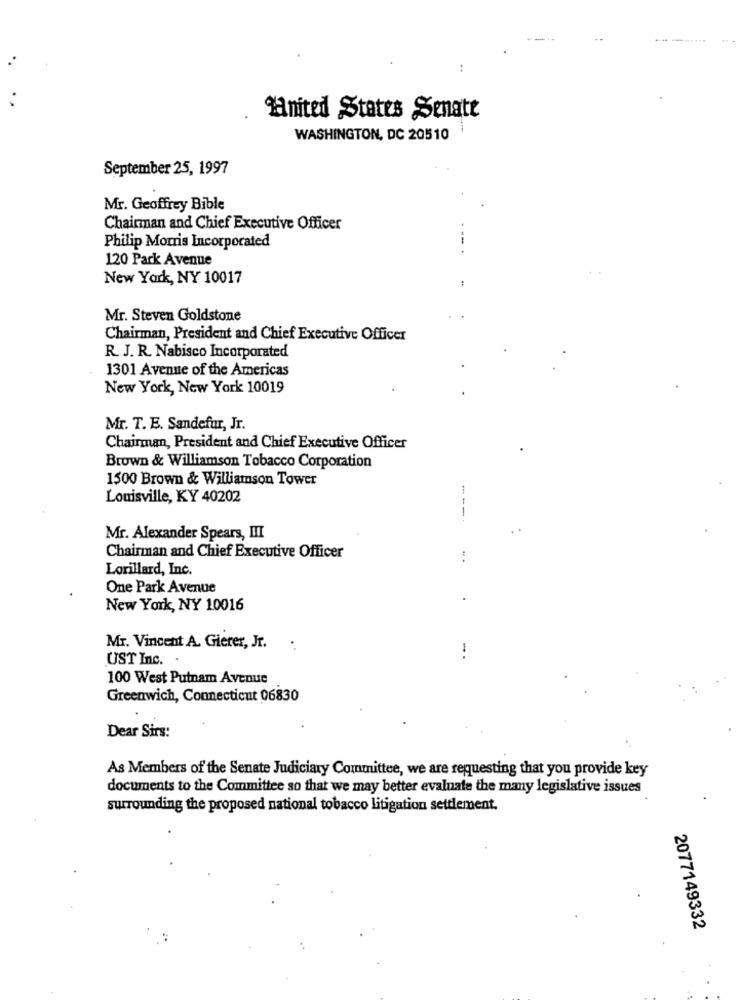
..
Hnited States Senate
WASHINGTON, DC 20510
September 25, 1997
Mr. Geoffrey Bible
Chairman and Chief Executive Officer
Philip Morris Incorporated
120 Park Avenue
New York, NY 10017
Mr. Steven Goldstone
Chairman, President and Chief Executive Officer
R. J. R. Nabisco Incorporated
1301 Avenue of the Americas
New York, New York 10019
Mr. T. E. Sandefur, Jr.
Chairman, President and Chief Executive Officer
Brown & Williamson Tobacco Corporation
1500 Brown & Williamson Tower
Louisville, KY 40202
Mr. Alexander Spears, III
Chairman and Chief Executive Officer
Lorillard, Inc.
One Park Avenue
New York, NY 10016
Mr. Vincent A. Gierer, Jr.
UST Inc.
-. .
100 West Putnam Avenue
Greenwich, Connecticut 06830
Dear Sirs:
As Members of the Senate Judiciary Committee, we are requesting that you provide key
documents to the Committee so that we may better evaluate the many legislative issues
surrounding the proposed national tobacco litigation settlement.
2077149332